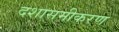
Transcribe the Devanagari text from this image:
दशासमीकरण